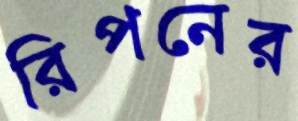
রিপনের